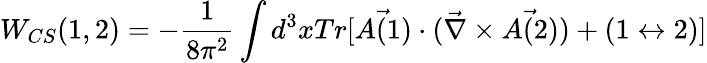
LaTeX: W_{CS}(1,2)=-\frac{1}{8\pi^{2}}\int d^{3}xTr[\vec{A(1)}\cdot(\vec{\nabla}\times\vec{A(2)})+(1\leftrightarrow 2)]